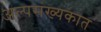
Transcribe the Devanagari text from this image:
अल्पसंख्यकात